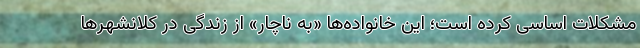
مشکلات اساسی کرده است؛ این خانواده‌ها «به ناچار» از زندگی در کلانشهرها